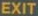
EXIT